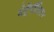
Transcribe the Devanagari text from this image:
मेट्रॅपॉलिटन